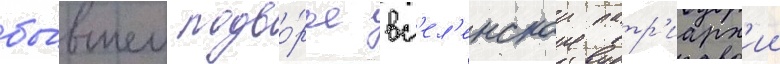
бы́вшем подво́рье вс'ел'енскои патр'иарх'ии